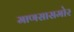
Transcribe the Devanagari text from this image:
माणसासमोर